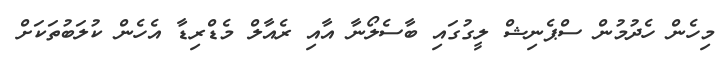
މިހެން ހެދުމުން ސްޕެނިޝް ލީގުގައި ބާސެލޯނާ އާއި ރެއާލް މެޑްރިޑާ އެހެން ކުލަބުތަކަށް